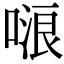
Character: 𠺘